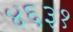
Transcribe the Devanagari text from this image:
४६३१